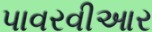
પાવરવીઆર